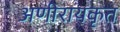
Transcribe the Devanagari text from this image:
अणीरायकृत